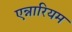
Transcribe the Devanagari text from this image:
एन्नारियम